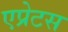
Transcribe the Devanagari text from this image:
एप्रेटस